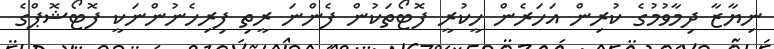
ނިޔާޒާ ދިމާވުމުގެ ކުރިން އަހަރެން ހީކުރީ ފޮޓޯތަކުން ފެންނަ ރީތި ފިރިހެނުންނަކީ ފޮޓޯޝޮޕްގެ